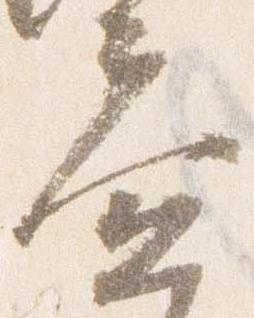
益